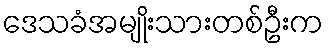
ဒေသခံအမျိုးသားတစ်ဦးက